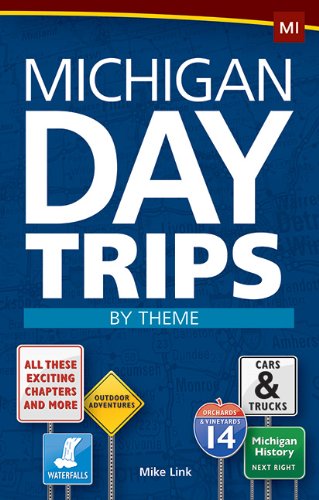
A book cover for Michigan Day Trips by Theme; Mike Link; Travel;